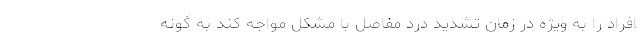
افراد را به ویژه در زمان تشدید درد مفاصل با مشکل مواجه کند به گونه